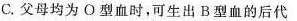
C.父母均为О型血时，可生出B型血的后代